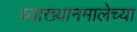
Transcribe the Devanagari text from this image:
व्याख्यानमालेच्या